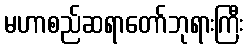
မဟာစည်ဆရာတော်ဘုရားကြီး